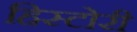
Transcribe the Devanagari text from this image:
हिस्टोरी